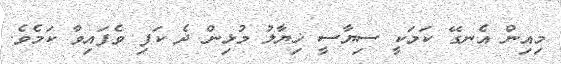
މިއިން އެނގޭ ކަމަކީ ސިޔާސީ ޚިޔާލު މުޅިން ދެ ކަފި ވެފައިވާ ކަމެވެ.